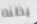
يظنه